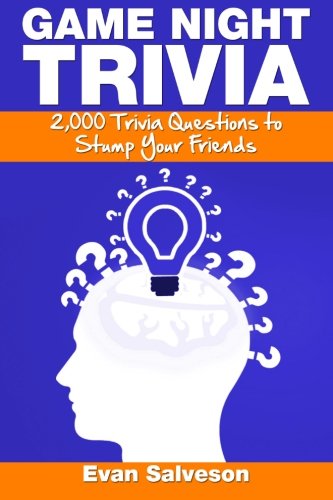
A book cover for Game Night Trivia: 2,000 Trivia Questions to Stump Your Friends; Evan Salveson; Humor & Entertainment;